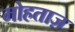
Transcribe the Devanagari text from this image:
मोहताज़